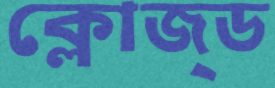
ক্লোজ্ড